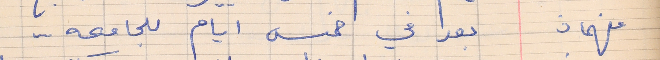
فهمان      بعد في خمس ايام للجامعه . .